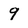
Character: 9